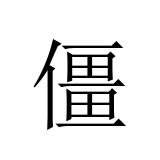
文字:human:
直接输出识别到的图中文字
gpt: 僵